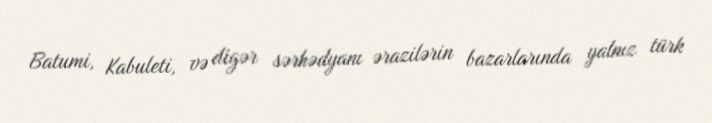
Batumi, Kabuleti, və digər sərhədyanı ərazilərin bazarlarında yalnız türk